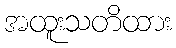
အထူးသတိထား